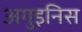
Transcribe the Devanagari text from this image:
अगुइनिस